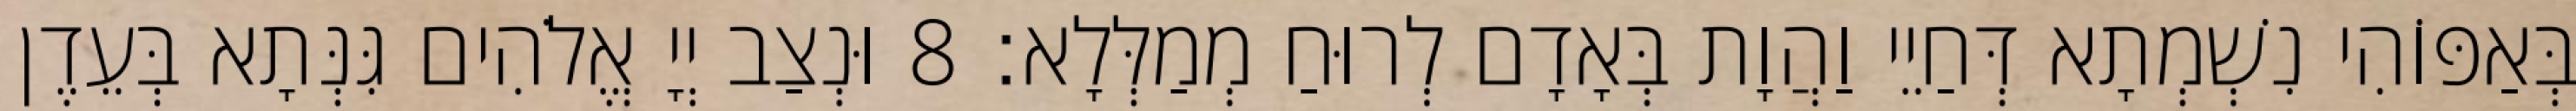
בְּאַפּוֹהִי נִשְׁמְתָא דְּחַיֵי וַהֲוָת בְּאָדָם לְרוּחַ מְמַלְּלָא׃ 8 וּנְצַב יְיָ אֱלֹהִים גִּנְּתָא בְּעֵדֶן